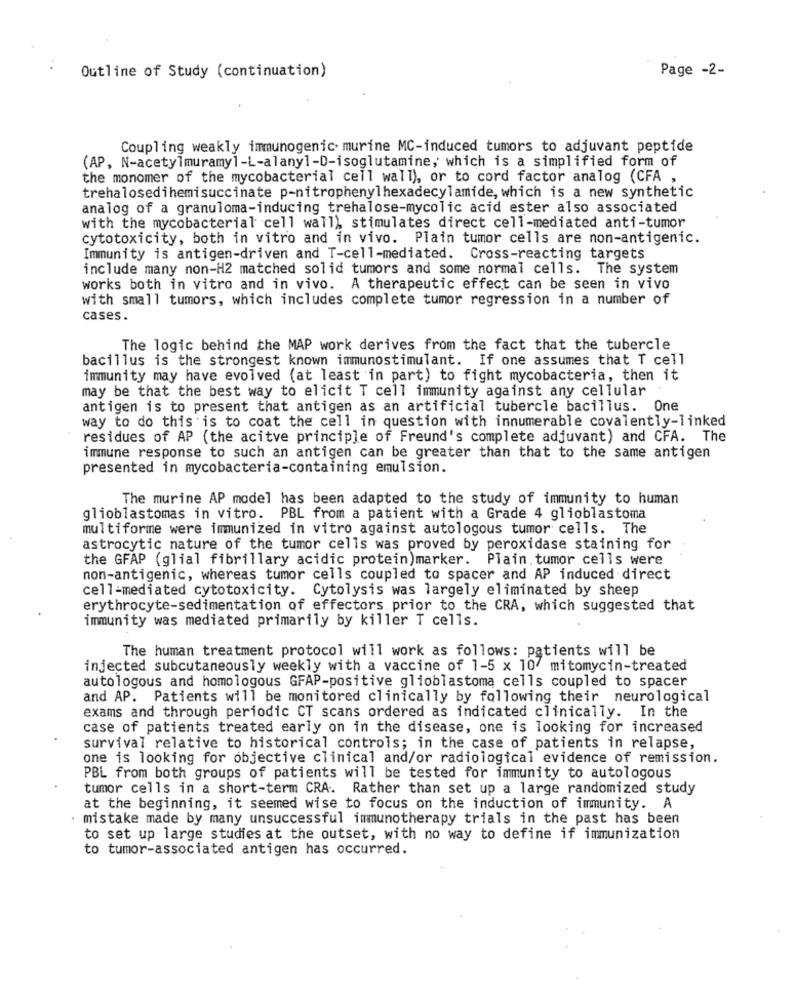
Outline of Study (continuation)
Page -2-
Coupling weakly immunogenic murine MC-induced tumors to adjuvant peptide
(AP, N-acetylmuramyl-L-alany]-D-isoglutamine, which is a simplified form of
the monomer of the mycobacterial cell wall), or to cord factor analog (CFA ,
trehalosedihemisuccinate p-nitrophenylhexadecylamide, which is a new synthetic
analog of a granuloma-inducing trehalose-mycolic acid ester also associated
with the mycobacterial cell wall), stimulates direct cell-mediated anti-tumor
cytotoxicity, both in vitro and in vivo. Plain tumor cells are non-antigenic.
Immunity is antigen-driven and T-cell-mediated. Cross-reacting targets
include many non-H2 matched solid tumors and some normal cells. The system
works both in vitro and in vivo. A therapeutic effect can be seen in vivo
with small tumors, which includes complete tumor regression in a number of
cases.
The logic behind the MAP work derives from the fact that the tubercle
bacillus is the strongest known immunostimulant. If one assumes that T cell
immunity may have evolved (at least in part) to fight mycobacteria, then it
may be that the best way to elicit T cell immunity against any cellular
antigen is to present that antigen as an artificial tubercle bacillus. One
way to do this is to coat the cell in question with innumerable covalently-linked
residues of AP (the acitve principle of Freund's complete adjuvant) and CFA. The
immune response to such an antigen can be greater than that to the same antigen
presented in mycobacteria-containing emulsion.
The murine AP model has been adapted to the study of immunity to human
glioblastomas in vitro. PBL from a patient with a Grade 4 glioblastoma
multiforme were immunized in vitro against autologous tumor cells. The
astrocytic nature of the tumor cells was proved by peroxidase staining for
the GFAP (glial fibrillary acidic protein)marker. Plain. tumor cells were
non-antigenic, whereas tumor cells coupled to spacer and AP induced direct
cell-mediated cytotoxicity. Cytolysis was largely eliminated by sheep
erythrocyte-sedimentation of effectors prior to the CRA, which suggested that
immunity was mediated primarily by killer T cells.
The human treatment protocol will work as follows: patients will be
injected subcutaneously weekly with a vaccine of 1-5 x 10 mitomycin-treated
autologous and homologous GFAP-positive glioblastoma cells coupled to spacer
and AP. Patients will be monitored clinically by following their neurological
exams and through periodic CT scans ordered as indicated clinically. In the
case of patients treated early on in the disease, one is looking for increased
survival relative to historical controls; in the case of patients in relapse,
one is looking for objective clinical and/or radiological evidence of remission.
PBL from both groups of patients will be tested for immunity to autologous
tumor cells in a short-term CRA. Rather than set up a large randomized study
at the beginning, it seemed wise to focus on the induction of immunity. A
· mistake made by many unsuccessful immunotherapy trials in the past has been
to set up large studies at the outset, with no way to define if immunization
to tumor-associated antigen has occurred.